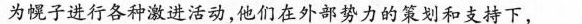
为幌子进行各种激进活动，他们在外部势力的策划和支持下，